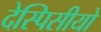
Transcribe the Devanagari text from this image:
देस्पिसीयो